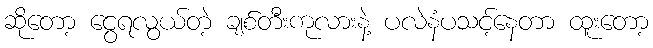
ဆိုတော့ ငွေရလွယ်တဲ့ ချစ်တီးကုလားနဲ့ ပလဲနံပသင့်နေတာ ထူးတော့